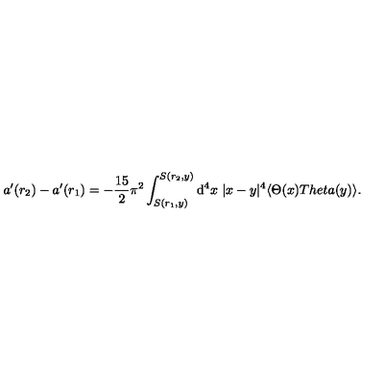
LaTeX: a ^ { \prime } ( r _ { 2 } ) - a ^ { \prime } ( r _ { 1 } ) = - \frac { 1 5 } { 2 } \pi ^ { 2 } \int _ { S ( r _ { 1 } , y ) } ^ { S ( r _ { 2 } , y ) } \mathrm { d } ^ { 4 } x \ | x - y | ^ { 4 } \langle \Theta ( x ) T h e t a ( y ) \rangle .